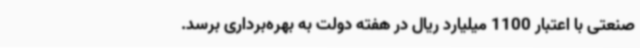
صنعتی با اعتبار 1100 میلیارد ریال در هفته دولت به بهره‌برداری برسد.